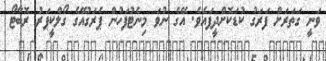
ވަނީ ގަތަރަށް ފަރަގު ކުޑަކޮށްދީފައެވެ. އޭގެ ނުވަ މިނެޓުފަހުން ޕެރަގުއޭގެ ގޯލްކީޕަރު ރޮބާޓޯ